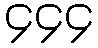
၄၄၄